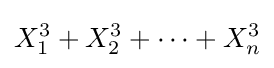
X_{1}^{3}+X_{2}^{3}+\cdots +X_{n}^{3}